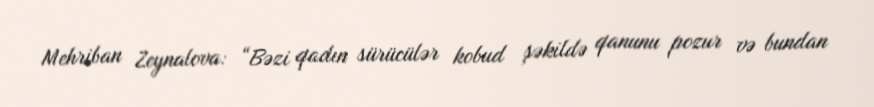
Mehriban Zeynalova: “Bəzi qadın sürücülər kobud şəkildə qanunu pozur və bundan